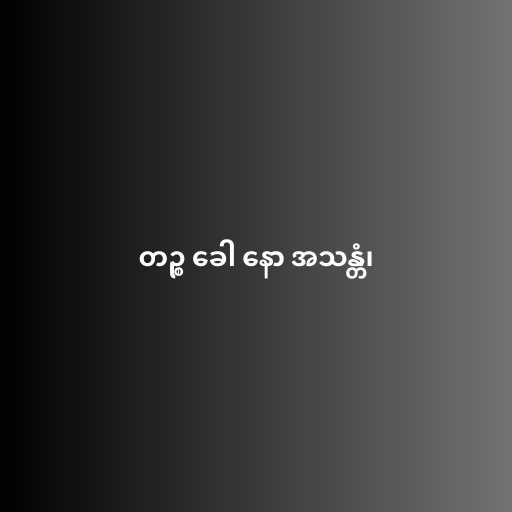
တဉ္စ ခေါ နော အသန္တံ၊